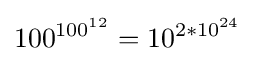
100^{100^{12}}=10^{2*10^{24}}